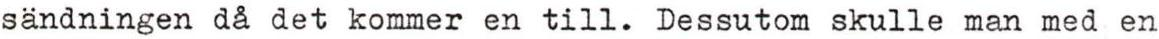
sändningen då det kommer en till. Dessutom skulle man med en